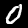
Digit: 0